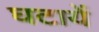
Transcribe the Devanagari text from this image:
घटायें